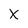
Character: X